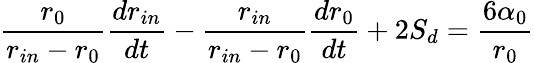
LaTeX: \frac{r_{0}}{r_{in}-r_{0}}\frac{dr_{in}}{dt}-\frac{r_{in}}{r_{in}-r_{0}}\frac{dr_{0}}{dt}+2S_{d}=\frac{6\alpha_{0}}{r_{0}}